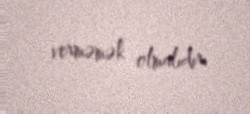
verməmək olmalıdır.